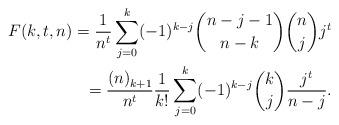
LaTeX: \begin{align*}F(k,t,n) = \frac{1}{n^t} \sum_{j=0}^{k} (-1)^{k-j} \binom{n-j-1}{n-k} \binom{n}{j} j^t \\ = \frac{(n)_{k+1}^{}}{n^t} \frac{1}{k!} \sum_{j=0}^{k} (-1)^{k-j} \binom{k}{j} \frac{j^t}{n-j}.\end{align*}